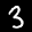
Label: 3